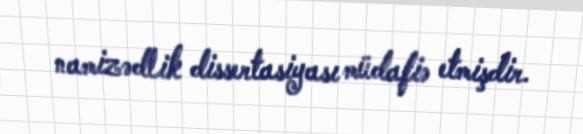
namizədlik dissertasiyası müdafiə etmişdir.